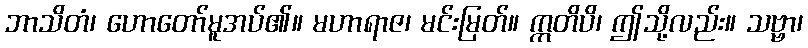
ဘာသိတံ၊ ဟောတော်မူအပ်၏။ မဟာရာဇ၊ မင်းမြတ်။ ဣတိပိ၊ ဤသို့လည်း။ သဗ္ဗာ၊